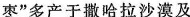
枣”多产于撒哈拉沙漠及